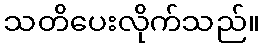
သတိပေးလိုက်သည်။